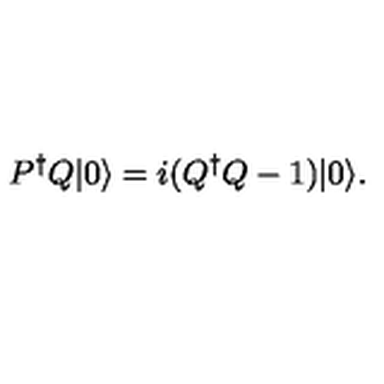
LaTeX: P ^ { \dagger } Q | 0 \rangle = i ( Q ^ { \dagger } Q - 1 ) | 0 \rangle .